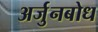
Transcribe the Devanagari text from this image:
अर्जुनबोध